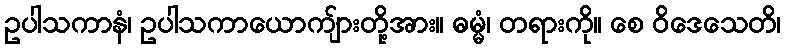
ဥပါသကာနံ၊ ဥပါသကာယောကျ်ားတို့အား။ ဓမ္မံ၊ တရားကို။ စေ ဝိဒေသေတိ၊